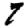
Digit: 7